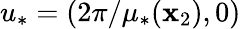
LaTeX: u_{*}=(2\pi/\mu_{*}(\mathbf{x}_{2}),0)